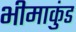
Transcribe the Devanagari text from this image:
भीमाकुंड